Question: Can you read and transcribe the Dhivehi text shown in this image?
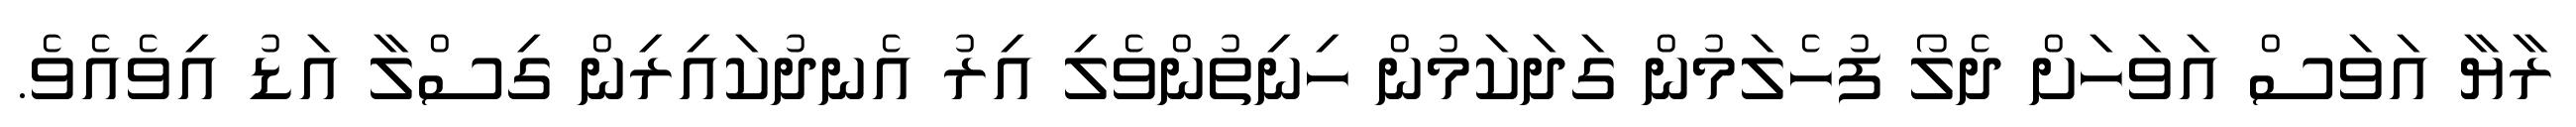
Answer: ރާޔާ އަވަސް އަވަހަށް ދެލޯ ފުހެލަމުން ގަދަކަމުން ހިނިތުންވެލި އިރު އެނދުކައިރިން ގިސްލާ އަޑު އިވެއެވެ.